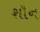
શૌન